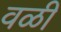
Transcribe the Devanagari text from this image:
वळी